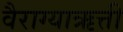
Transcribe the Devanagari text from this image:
वैराग्याऋत्ती